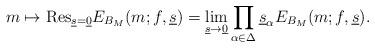
LaTeX: \begin{align*}m\mapsto\mathrm{Res}_{\underline{s}=\underline{0}}E_{B_{M}}(m;f,\underline{s})=\lim_{\underline{s}\rightarrow\underline{0}}\prod_{\alpha\in\Delta}\underline{s}_{\alpha}E_{B_{M}}(m;f,\underline{s}).\end{align*}